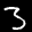
Label: 3